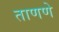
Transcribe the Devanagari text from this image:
ताणणे